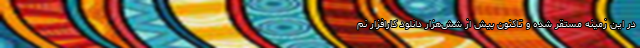
در این زمینه مستقر شده و تاکنون بیش از شش‌هزار دانلود کارافزار نم